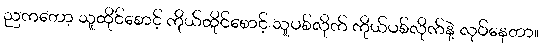
ညကတော့ သူထိုင်စောင့် ကိုယ်ထိုင်စောင့် သူပစ်လိုက် ကိုယ်ပစ်လိုက်နဲ့ လုပ်နေတာ။